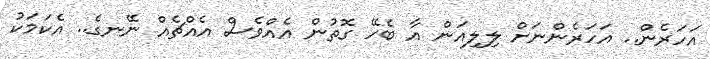
އަހަރެން.. އަހަރެންނަށް ލިލިއަން އާ ބެހޭ ގޮތުން އެއްވެސް އެއްޗެއް ނޭނގެ.. އެކަމަކު